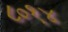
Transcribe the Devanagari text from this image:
८०१४